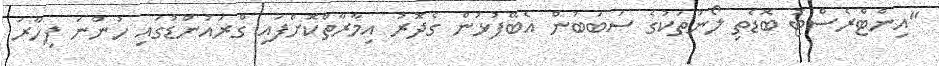
"އިންޓްރެސްޓު ބޮޑެތި ލޯނުތަކުގެ ސަބަބުން އެބޭފުޅުން ގެދޮރު އިމާރާތްކޮށްފައި ގްރައުންޑުގައި ހުންނަ ފިހާރަ